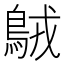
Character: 𪀚